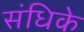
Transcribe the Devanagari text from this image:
संधिके